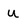
Character: n